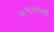
અગાસવણી